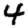
Digit: 4